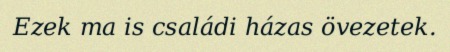
Ezek ma is családi házas övezetek.